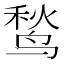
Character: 鹙